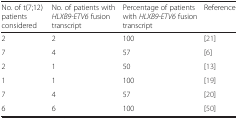
<table><thead><tr><td><b>No. of t(7;12) patients considered</b></td><td><b>No. of patients with <i>HLXB9-ETV6</i> fusion transcript</b></td><td><b>Percentage of patients with <i>HLXB9-ETV6</i> fusion transcript</b></td><td><b>Reference</b></td></tr></thead><tbody><tr><td>2</td><td>2</td><td>100</td><td>[21]</td></tr><tr><td>7</td><td>4</td><td>57</td><td>[6]</td></tr><tr><td>2</td><td>1</td><td>50</td><td>[13]</td></tr><tr><td>1</td><td>1</td><td>100</td><td>[19]</td></tr><tr><td>7</td><td>4</td><td>57</td><td>[20]</td></tr><tr><td>6</td><td>6</td><td>100</td><td>[50]</td></tr></tbody></table>